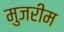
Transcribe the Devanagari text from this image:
मुजरीम